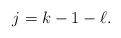
LaTeX: \begin{align*}j = k-1 -\ell.\end{align*}